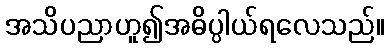
အသိပညာဟူ၍အဓိပ္ပါယ်ရလေသည်။